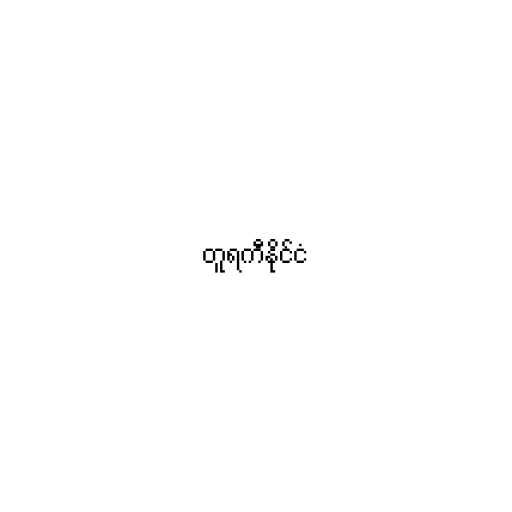
တူရကီနိုင်ငံ